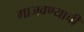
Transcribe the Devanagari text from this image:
गाजवण्याची